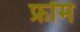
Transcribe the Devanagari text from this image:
फ्रॉमे